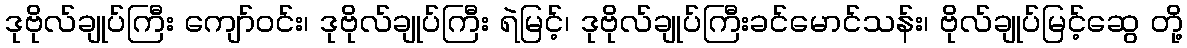
ဒုဗိုလ်ချုပ်ကြီး ကျော်ဝင်း၊ ဒုဗိုလ်ချုပ်ကြီး ရဲမြင့်၊ ဒုဗိုလ်ချုပ်ကြီးခင်မောင်သန်း၊ ဗိုလ်ချုပ်မြင့်ဆွေ တို့